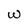
Character: W